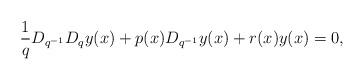
LaTeX: \begin{align*} \frac{1}{q}D_{q^{-1}} D_q y(x) + p(x)D_{q^{-1}}y(x) + r(x) y(x) =0,\end{align*}